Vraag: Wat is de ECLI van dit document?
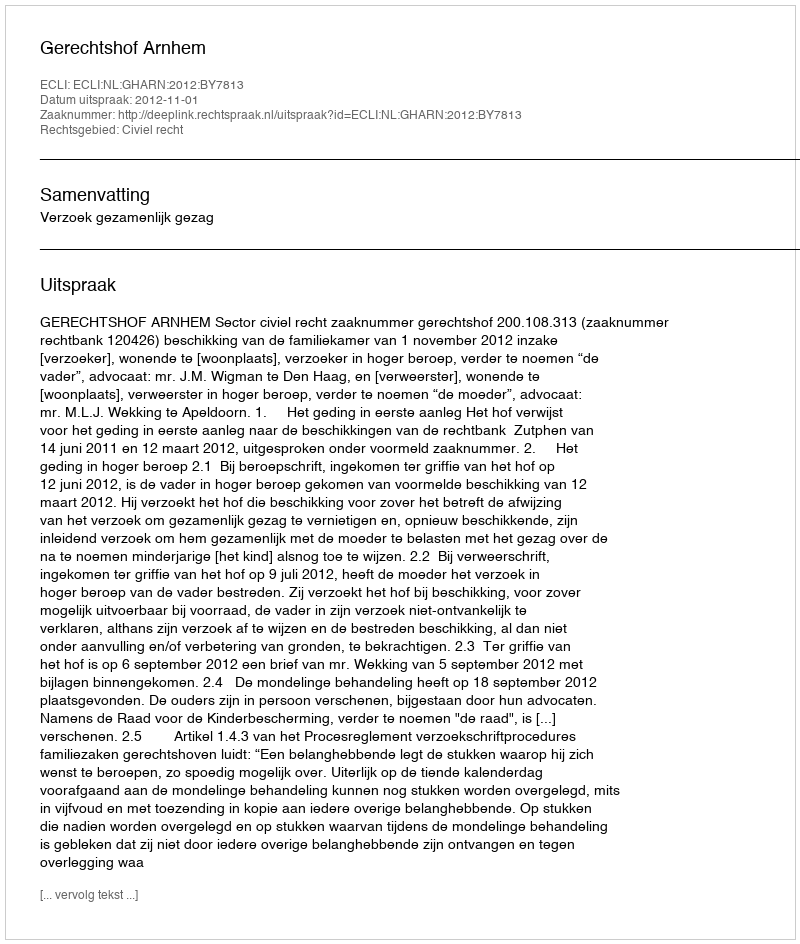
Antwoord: ECLI:NL:GHARN:2012:BY7813